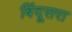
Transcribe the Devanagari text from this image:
बिंदूसरा